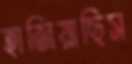
হাজিয়াছিস